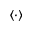
\langle \cdot \rangle